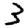
Digit: 3